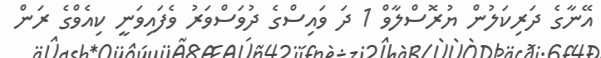
އޭނާގެ ދަރިކަލުން ޔުރޮސްލާވް 1 ދަ ވައިސްގެ ދުވަސްވަރު ވެފައިވަނީ ކިއެވްގެ ރަން